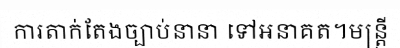
ការតាក់តែងច្បាប់នានា ទៅអនាគត។មន្ត្រី